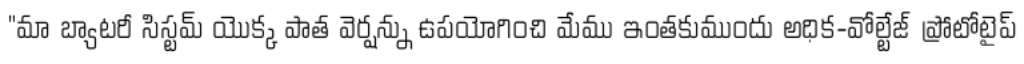
"మా బ్యాటరీ సిస్టమ్ యొక్క పాత వెర్షన్ను ఉపయోగించి మేము ఇంతకుముందు అధిక-వోల్టేజ్ ప్రోటోటైప్